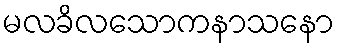
မလခိလသောကနာသနော